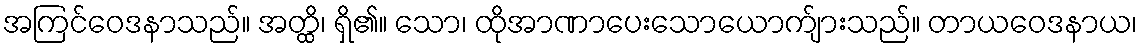
အကြင်ဝေဒနာသည်။ အတ္ထိ၊ ရှိ၏။ သော၊ ထိုအာဏာပေးသောယောက်ျားသည်။ တာယဝေဒနာယ၊